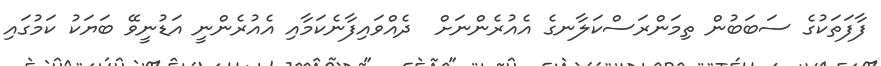
ފާފަތަކުގެ ސަބަބުން ތިމަންރަސްކަލާނގެ އެއުރެންނަށް  ދެއްވައިފާނެކަމާއި އެއުރެންނީ އަޑުނީވޭ ބަޔަކު ކަމުގައި